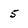
Character: 5